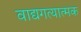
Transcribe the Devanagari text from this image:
वाद्यगत्यात्मक